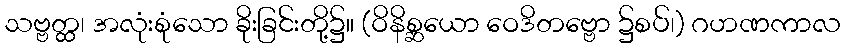
သဗ္ဗတ္ထ၊ အလုံးစုံသော ခိုးခြင်းတို့၌။ (ဝိနိစ္ဆယော ဝေဒိတဗ္ဗော ၌စပ်၊) ဂဟဏကာလ